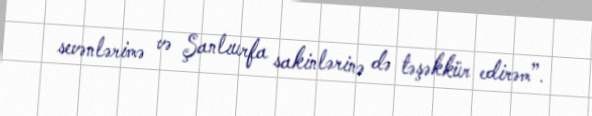
sevənlərimə və Şanlıurfa sakinlərinə də təşəkkür edirəm”.